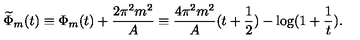
\widetilde { \Phi } _ { m } ( t ) \equiv \Phi _ { m } ( t ) + \frac { 2 \pi ^ { 2 } m ^ { 2 } } { A } \equiv \frac { 4 \pi ^ { 2 } m ^ { 2 } } { A } ( t + \frac { 1 } { 2 } ) - \log ( 1 + \frac { 1 } { t } ) .